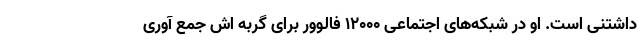
داشتنی است. او در شبکه‌های اجتماعی ۱۲۰۰۰ فالوور برای گربه اش جمع آوری